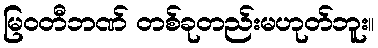
မြဝတီဘဏ် တစ်ခုတည်းမဟုတ်ဘူး။